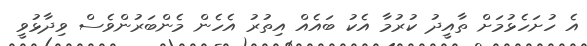
އެ ހުށަހެޅުމަށް ތާއީދު ކުރުމާ އެކު ބައެއް އިތުރު އެހެން މެންބަރުންވެސް ވިދާޅުވީ